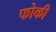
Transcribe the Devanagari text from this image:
फोकी